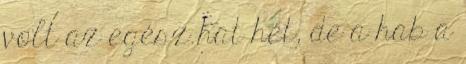
volt az egész hat hét, de a hab a